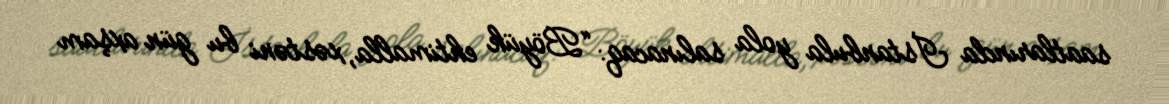
saatlarında İstanbula yola salınacaq: “Böyük ehtimalla, xəstəni bu gün axşam